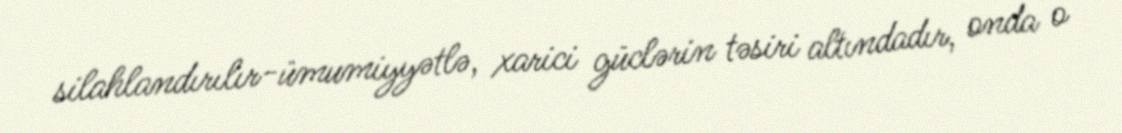
silahlandırılır-ümumiyyətlə, xarici güclərin təsiri altındadır, onda o